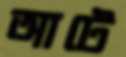
আটে